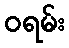
ဝရမ်း